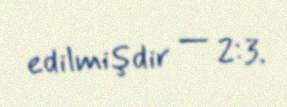
edilmişdir — 2:3.